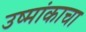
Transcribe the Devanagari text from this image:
उष्मांकाचा